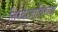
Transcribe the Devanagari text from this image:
तिरंदाजाविरूद्ध